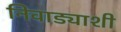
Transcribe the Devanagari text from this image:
निवाड्याशी